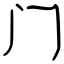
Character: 门